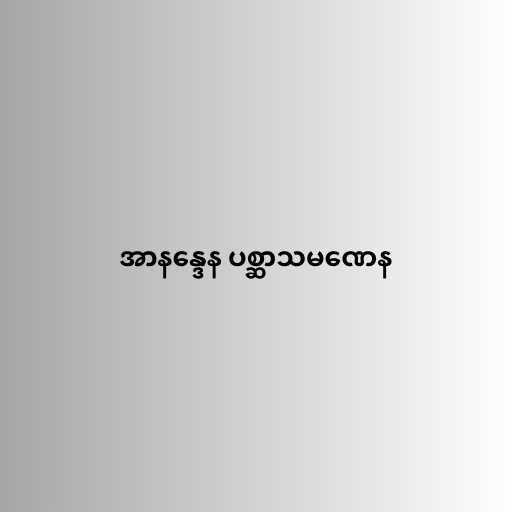
အာနန္ဒေန ပစ္ဆာသမဏေန